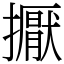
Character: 擫